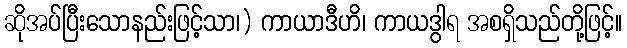
ဆိုအပ်ပြီးသောနည်းဖြင့်သာ၊) ကာယာဒီဟိ၊ ကာယဒွါရ အစရှိသည်တို့ဖြင့်။